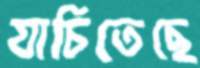
যাচিতেছে